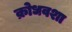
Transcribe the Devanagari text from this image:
क्रोधवशा